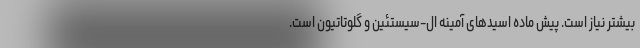
بیشتر نیاز است. پیش ماده اسیدهای آمینه ال-سیستئین و گلوتاتیون است.